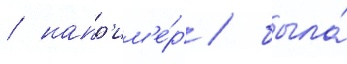
/ напр'им'е́р / была́